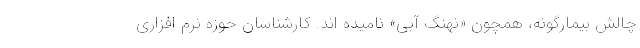
چالش بیمارگونه، همچون «نهنگ آبی» نامیده اند. کارشناسان حوزه نرم افزاری